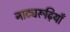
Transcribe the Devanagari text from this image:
नाट्यरूढ़ियाँ